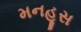
મનહૂસ